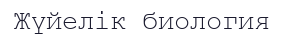
Жүйелік биология